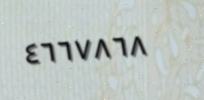
٤٦٦٧٨٦٨